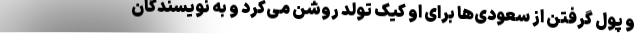
و پول گرفتن از سعودی‌ها برای او کیک تولد روشن می‌کرد و به نویسندگان